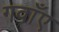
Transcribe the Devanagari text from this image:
गवाँए